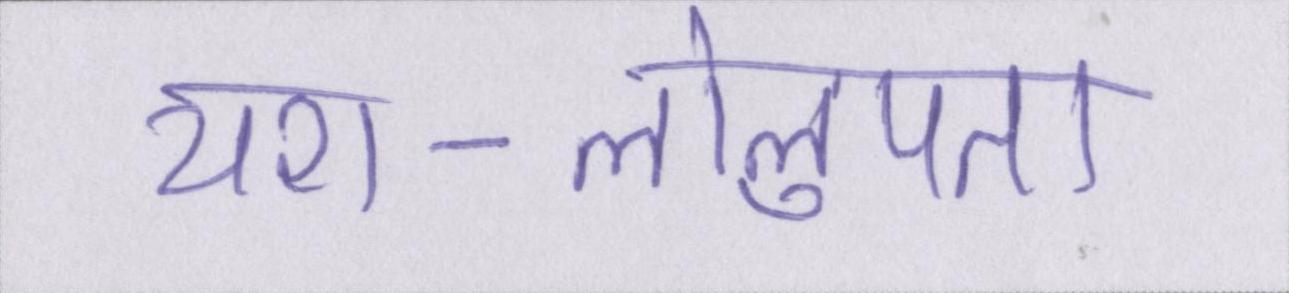
यश-लोलुपता